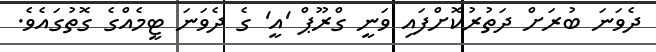
ދެވަނަ ބުރަށް ދަތުރުކޮށްފައި ވަނީ ގްރޫޕް 'އީ' ގެ ދެވަނަ ޓީމެއްގެ ގޮތުގައެވެ.